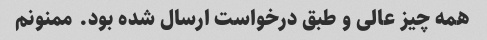
همه چیز عالی و طبق درخواست ارسال شده بود. ممنونم